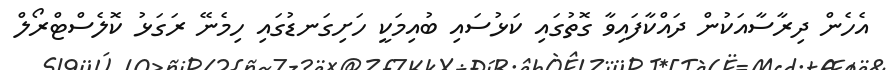
އެހެން ދިރާސާއަކުން ދައްކާފައިވާ ގޮތުގައި ކަޅުސައި ބުއިމަކީ ހަށިގަނޑުގައި ހިމެނޭ ރަގަޅު ކޮލެސްޓްރޯލް